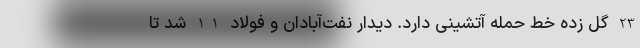
23 گل زده خط حمله آتشینی دارد. دیدار نفت‌آبادان و فولاد 1-1 شد تا